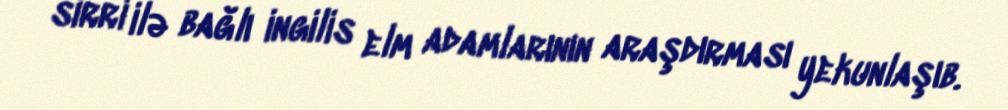
sirri ilə bağlı ingilis elm adamlarının araşdırması yekunlaşıb.